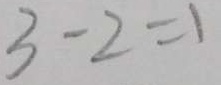
3 - 2 = 1